Lunatic asylums Madras 1877-1891 - 1877-1891
Year: 1877
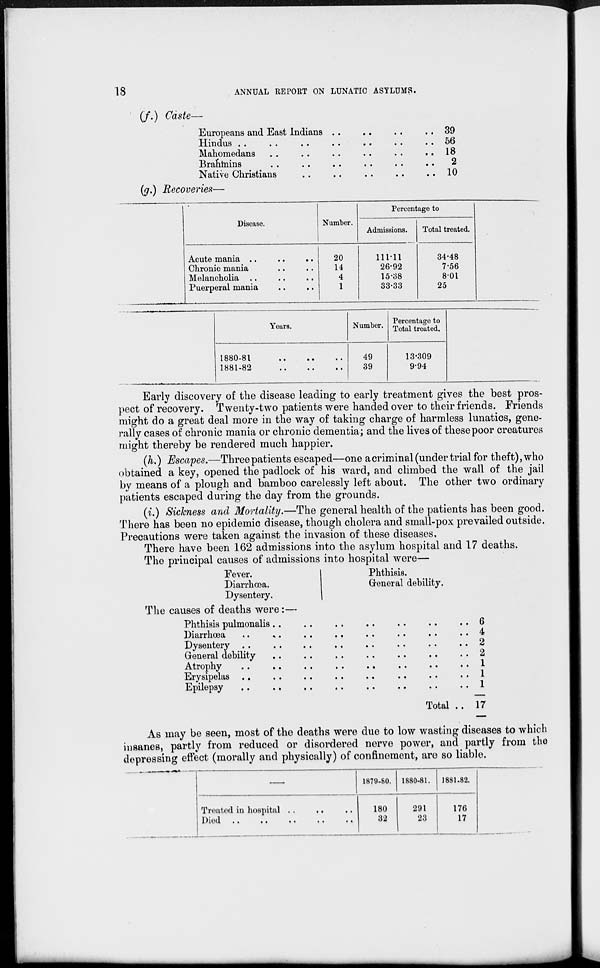
18
ANNUAL REPORT ON LUNATIC ASYLUMS.
(f.) Caste—
Europeans and East Indians .. .. .. ..
Hindus .. .. .. .. .. .. ..
Mahomedans .. .. .. .. .. ..
Brahmins .. .. .. .. .. ..
Native Christians .. .. .. .. ..
39
56
18
2
10
(g.) Recoveries—
Disease.
Acute mania ..
..
..
Chronic mania .. .. ..
Melancholia .. .. ..
Puerperal mania .. ..
Number.
20
14
4
1
Percentage to
Admissions.
111.11
26.92
15.38
33.33
Total treated.
34.48
7.56
8.01
25
Years.
1880-81
1881-82
.. .. ..
.. .. ..
Number.
49
39
Percentage to
Total treated.
13.309
9.94
Early discovery of the disease leading to early treatment gives the best pros-
pect of recovery. Twenty-two patients were handed over to their friends. Friends
might do a great deal more in the way of taking charge of harmless lunatics, gene-
rally cases of chronic mania or chronic dementia; and the lives of these poor creatures
might thereby be rendered much happier.
(h.) Escapes.—Three patients escaped—one a criminal (under trial for theft),who
obtained a key, opened the padlock of his ward, and climbed the wall of the jail
by means of a plough and bamboo carelessly left about. The other two ordinary
patients escaped during the day from the grounds.
(i.) Sickness and Mortality.—The general health of the patients has been good.
There has been no epidemic disease, though cholera and small-pox prevailed outside.
Precautions were taken against the invasion of these diseases.
There have been 162 admissions into the asylum hospital and 17 deaths.
The principal causes of admissions into hospital were—
Fever.
Diarrhoea.
Dysentery.
Phthisis.
General debility.
The causes of deaths were:—
Phthisis pulmonalis .. .. .. .. .. ..
Diarrhœa .. .. .. .. .. ..
Dysentery .. .. .. .. .. ..
General debility .. .. .. .. ..
Atrophy
..
..
..
..
..
..
Erysipelas .. .. .. .. .. ..
Epilepsy
..
..
..
..
..
..
Total ..
6
4
2
2
1
1
1
17
As may be seen, most of the deaths were due to low wasting diseases to which
insanes, partly from reduced or disordered nerve power, and partly from the
depressing effect (morally and physically) of confinement, are so liable.
Treated in hospital .. .. ..
Died .. .. .. .. ..
1879-80.
180
32
1880-81.
291
23
1881-82.
176
17